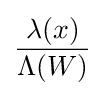
{\frac {\lambda (x)}{\Lambda (W)}}